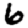
Digit: 6